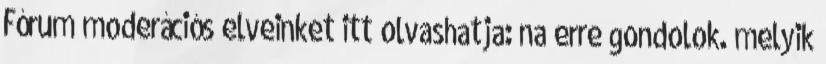
Fórum moderációs elveinket itt olvashatja: na erre gondolok. melyik